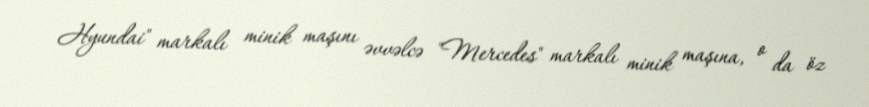
Hyundai" markalı minik maşını əvvəlcə "Mercedes" markalı minik maşına, o da öz